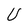
Character: U